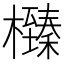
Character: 㰉